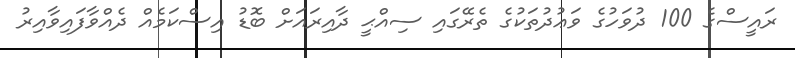
ރައީސްގެ 100 ދުވަހުގެ ވަޢުދުތަކުގެ ތެރޭގައި ސިއްޙީ ދާއިރައަށް ބޮޑު އިސްކަމެއް ދެއްވާފައިވާއިރު